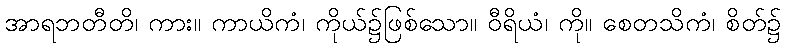
အာရဘတီတိ၊ ကား။ ကာယိကံ၊ ကိုယ်၌ဖြစ်သော။ ဝီရိယံ၊ ကို။ စေတသိကံ၊ စိတ်၌